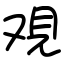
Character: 覌